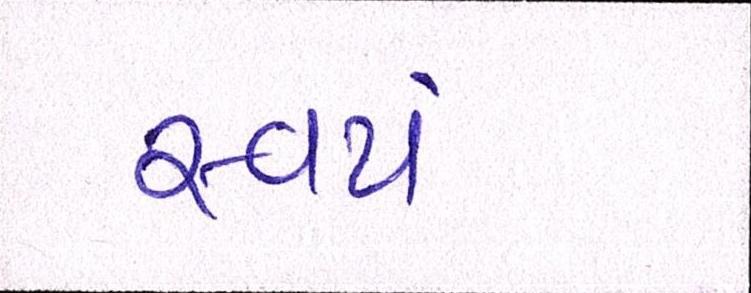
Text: સ્વયં